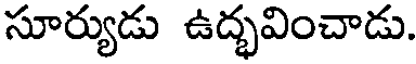
సూర్యుడు ఉద్భవించాడు.